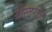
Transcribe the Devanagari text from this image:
रोस्टरीज़